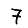
Digit: 7